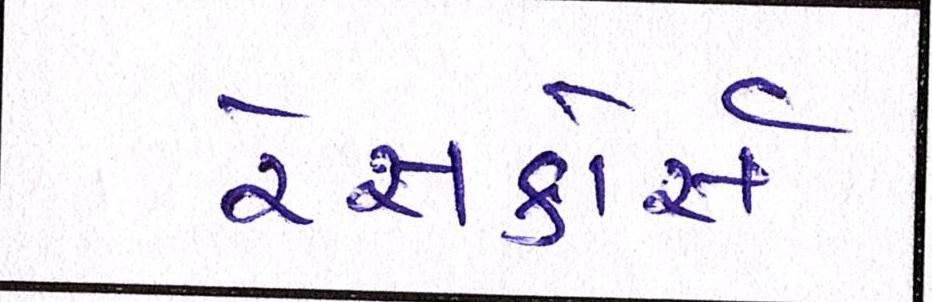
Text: રેસકોર્સ